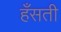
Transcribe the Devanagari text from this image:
हँसती